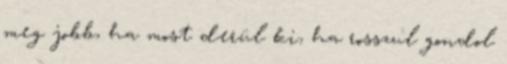
meg jobb, ha most derül ki, ha rosszul gondol